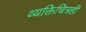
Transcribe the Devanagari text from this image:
व्यक्तिचित्रही